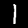
Digit: 1